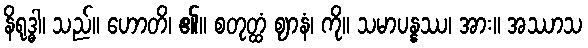
နိရုဒ္ဓါ၊ သည်။ ဟောတိ၊ ၏။ စတုတ္ထံ ဈာနံ၊ ကို။ သမာပန္နဿ၊ အား။ အဿာသ